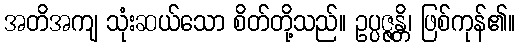
အတိအကျ သုံးဆယ်သော စိတ်တို့သည်။ ဥပ္ပဇ္ဇန္တိ၊ ဖြစ်ကုန်၏။